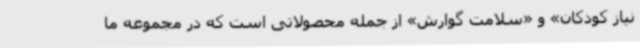
نیاز کودکان» و «سلامت گوارش» از جمله محصولاتی است که در مجموعه ما